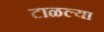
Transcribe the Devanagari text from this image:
टाळल्या